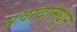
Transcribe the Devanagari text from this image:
संवांदांमधून